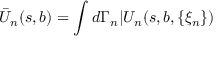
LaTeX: \bar { U } _ { n } ( s , b ) = \int d \Gamma _ { n } | U _ { n } ( s , b , \{ \xi _ { n } \} )